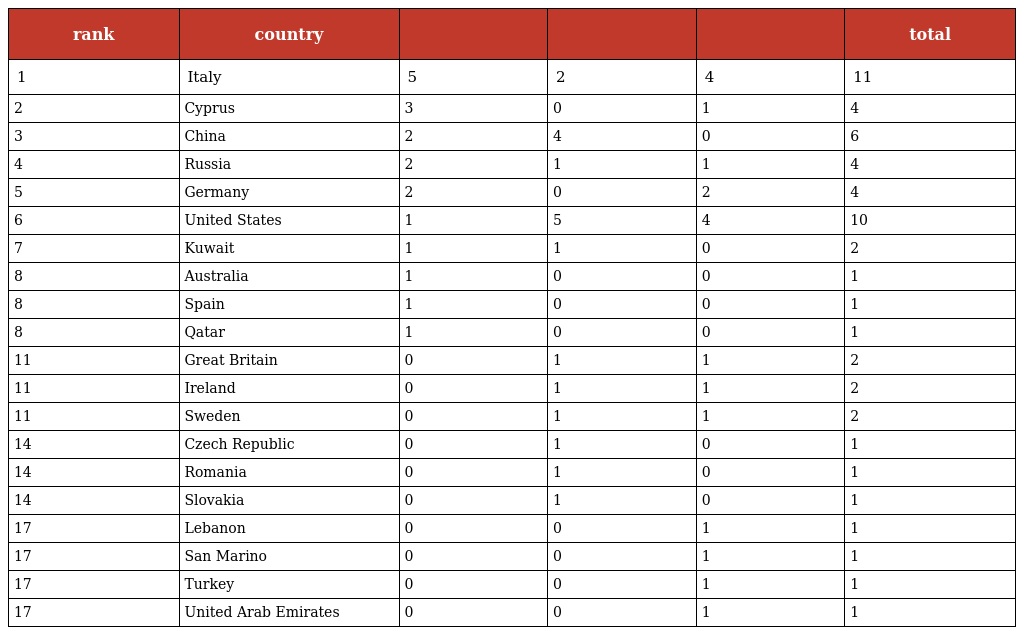
| rank | country |  |  |  | total |
 | --- | --- | --- | --- | --- | --- |
 | 1 | Italy | 5 | 2 | 4 | 11 |
 | 2 | Cyprus | 3 | 0 | 1 | 4 |
 | 3 | China | 2 | 4 | 0 | 6 |
 | 4 | Russia | 2 | 1 | 1 | 4 |
 | 5 | Germany | 2 | 0 | 2 | 4 |
 | 6 | United States | 1 | 5 | 4 | 10 |
 | 7 | Kuwait | 1 | 1 | 0 | 2 |
 | 8 | Australia | 1 | 0 | 0 | 1 |
 | 8 | Spain | 1 | 0 | 0 | 1 |
 | 8 | Qatar | 1 | 0 | 0 | 1 |
 | 11 | Great Britain | 0 | 1 | 1 | 2 |
 | 11 | Ireland | 0 | 1 | 1 | 2 |
 | 11 | Sweden | 0 | 1 | 1 | 2 |
 | 14 | Czech Republic | 0 | 1 | 0 | 1 |
 | 14 | Romania | 0 | 1 | 0 | 1 |
 | 14 | Slovakia | 0 | 1 | 0 | 1 |
 | 17 | Lebanon | 0 | 0 | 1 | 1 |
 | 17 | San Marino | 0 | 0 | 1 | 1 |
 | 17 | Turkey | 0 | 0 | 1 | 1 |
 | 17 | United Arab Emirates | 0 | 0 | 1 | 1 |